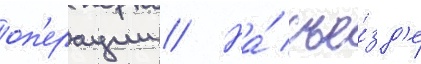
оп'ерации // На́ съе́зд'е